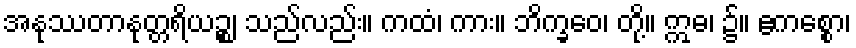
အနုဿတာနုတ္တရိယဉ္စ၊ သည်လည်း။ ကထံ၊ ကား။ ဘိက္ခဝေ၊ တို့။ ဣဓ၊ ၌။ ဧကစ္စော၊